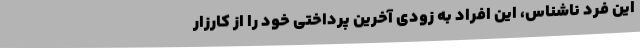
این فرد ناشناس، این افراد به زودی آخرین پرداختی خود را از کارزار